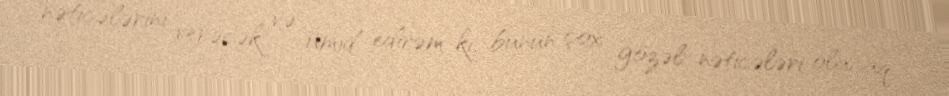
nəticələrini verəcək və ümid edirəm ki, bunun çox gözəl nəticələri olacaq.